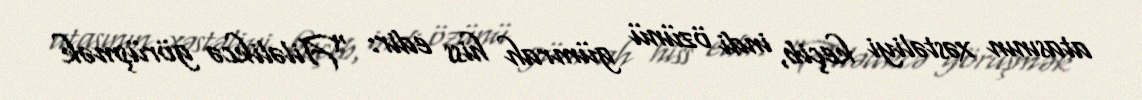
atasının xəstəliyi keçib, indi özünü gümrah hiss edir: “Ailəlikcə görüşmək